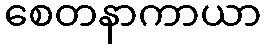
စေတနာကာယာ